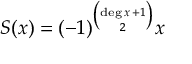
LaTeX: S ( x ) = ( - 1 ) ^ { \binom { { \mathrm { d e g } } \, x \, + 1 } { 2 } } x